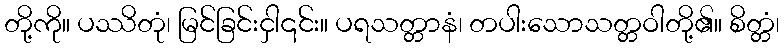
တို့ကို။ ပဿိတုံ၊ မြင်ခြင်းငှါ၎င်း။ ပရသတ္တာနံ၊ တပါးသောသတ္တဝါတို့၏။ စိတ္တံ၊